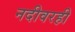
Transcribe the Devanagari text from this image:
नदीवरही